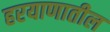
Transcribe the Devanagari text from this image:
हरयाणातील